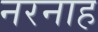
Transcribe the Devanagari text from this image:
नरनाह